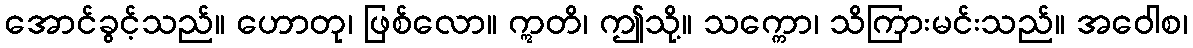
အောင်ခွင့်သည်။ ဟောတု၊ ဖြစ်လော။ ဣတိ၊ ဤသို့။ သက္ကော၊ သိကြားမင်းသည်။ အဝေါစ၊